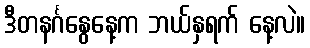
ဒီတနင်္ဂနွေနေ့က ဘယ်နှရက် နေ့လဲ။